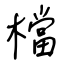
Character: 檔